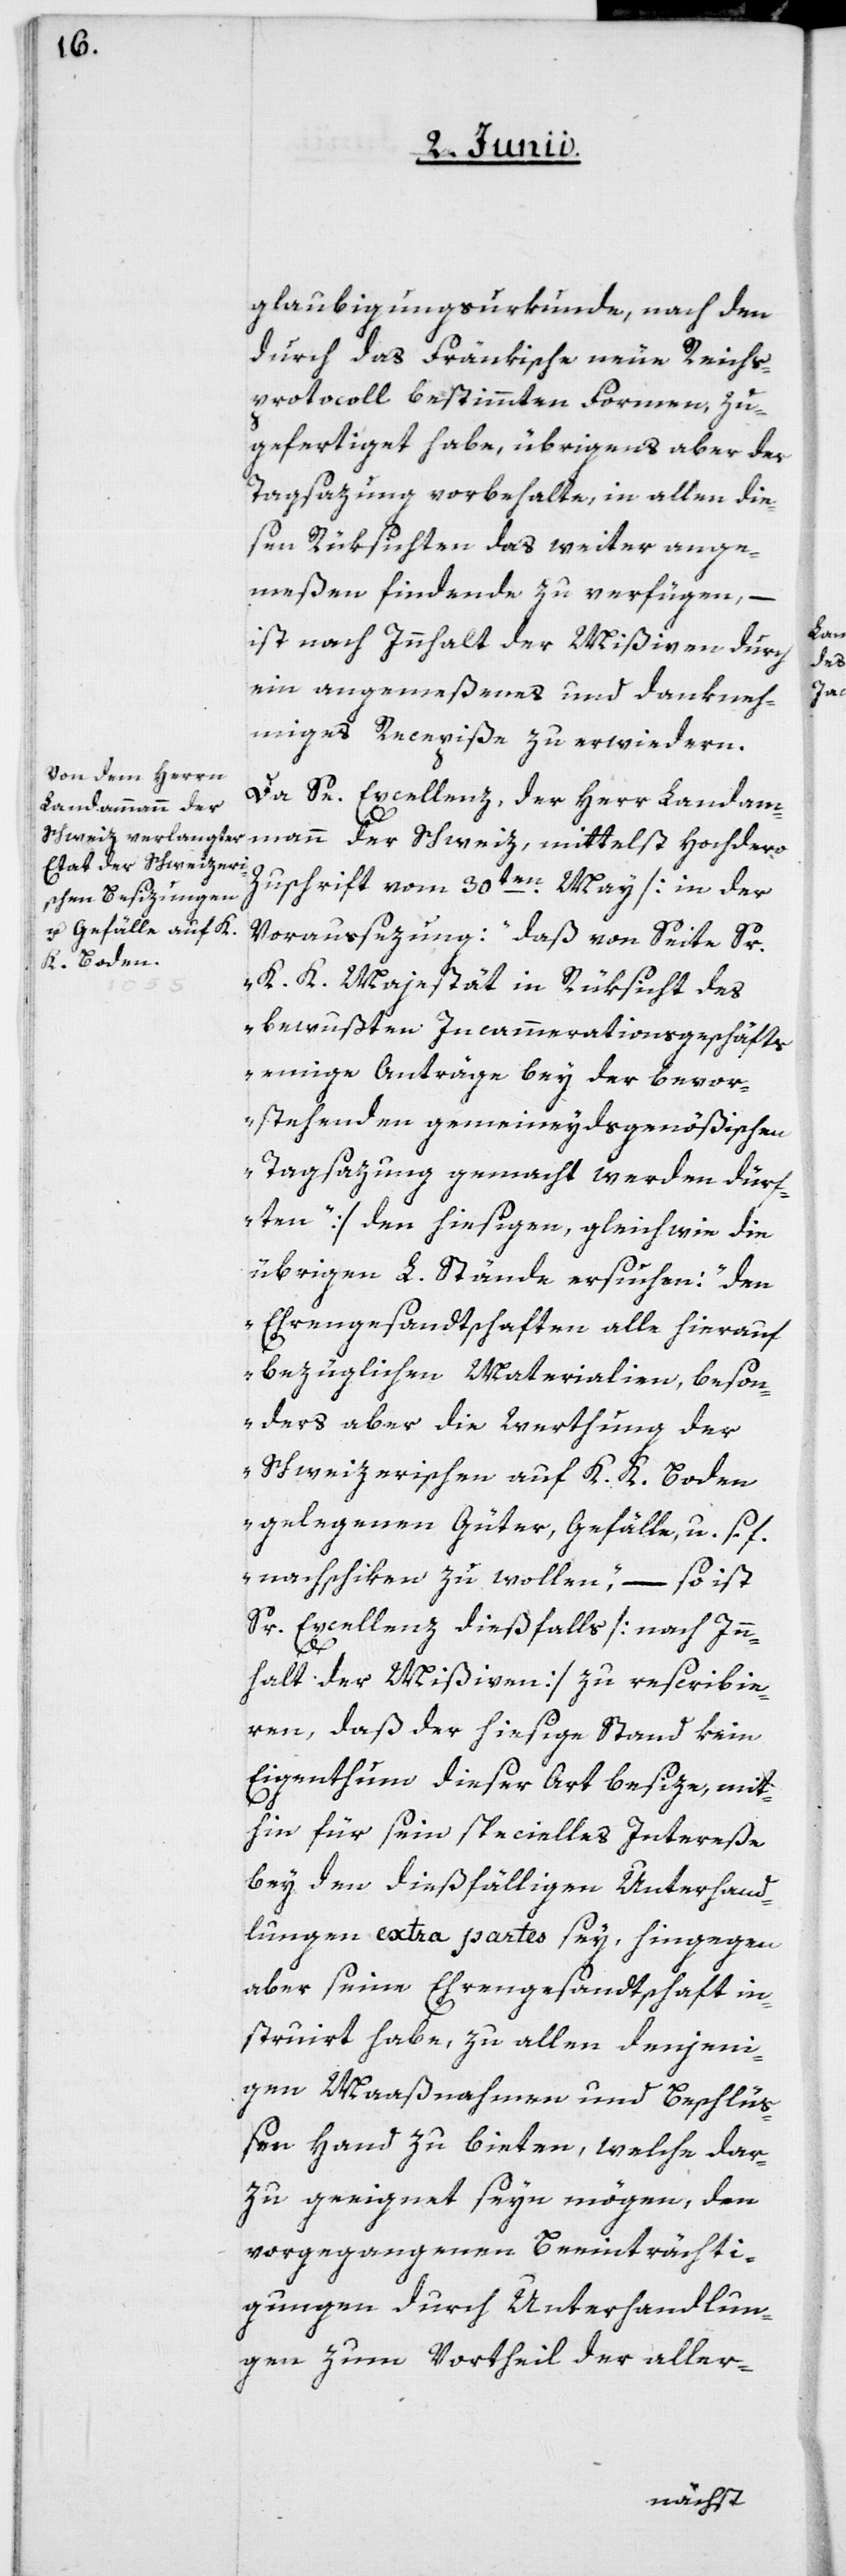
glaubigungsurkunde, nach den
durch das Fränkische neue Reichs¬
protocoll bestimmten Formen, zu¬
gefertiget habe, übrigens aber der
Tagsazung vorbehalte, in allen die¬
sen Rüksichten das weiter ange¬
meßen findende zu verfügen, –
ist nach Innhalt der Mißiven durch
ein angemeßenes und dankneh¬
miges Recepiße zu erwiedern.
Da Se. Excellenz, der Herr Landam¬
mann der Schweiz, mittelst Hochdero
Zuschrift vom 30ten May [in der
Voraussezung: „daß von Seite Sr.
K. K. Majestät in Rüksicht des
bewußten Incammerationsgeschäfts
einige Anträge bey der bevor¬
stehenden gemeineydsgenößischen
Tagsazung gemacht werden dürf¬
ten“], den hiesigen, gleichwie die
übrigen L. Stände ersuchen: „den
Ehrengesandtschaften alle hierauf
bezüglichen Materialien, beson¬
ders aber die Werthung der
Schweizerischen auf K. K. Boden
gelegenen Güter, Gefälle u. s. f.,
nachschiken zu wollen“, – so ist
Sr. Excellenz dießfalls [nach Inn¬
halt der Mißiven] zu rescribie¬
ren, daß der hiesige Stand kein
Eigenthum dieser Art besize, mit¬
hin für sein specielles Intereße
bey den diesfälligen Unterhand¬
lungen extra partes sey, hingegen
aber seine Ehrengesandtschaft in¬
struirt habe, zu allen denjeni¬
gen Maaßnahmen und Beschlüß¬
en Hand zu bieten, welche dar¬
zu geeignet seyn mögen, den
vorgegangenen Beeinträchti¬
gungen durch Unterhandlun¬
gen zum Vortheil der aller-